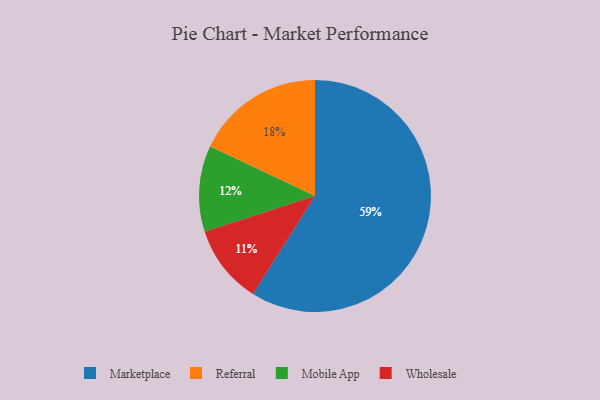
{"axis": {"x": "Category", "y": "Percentage"}, "legend": ["Marketplace", "Mobile App", "Referral", "Wholesale"], "data": [{"x": "Mobile App", "y": 12, "type": "Mobile App"}, {"x": "Referral", "y": 18, "type": "Referral"}, {"x": "Wholesale", "y": 11, "type": "Wholesale"}, {"x": "Marketplace", "y": 59, "type": "Marketplace"}]}